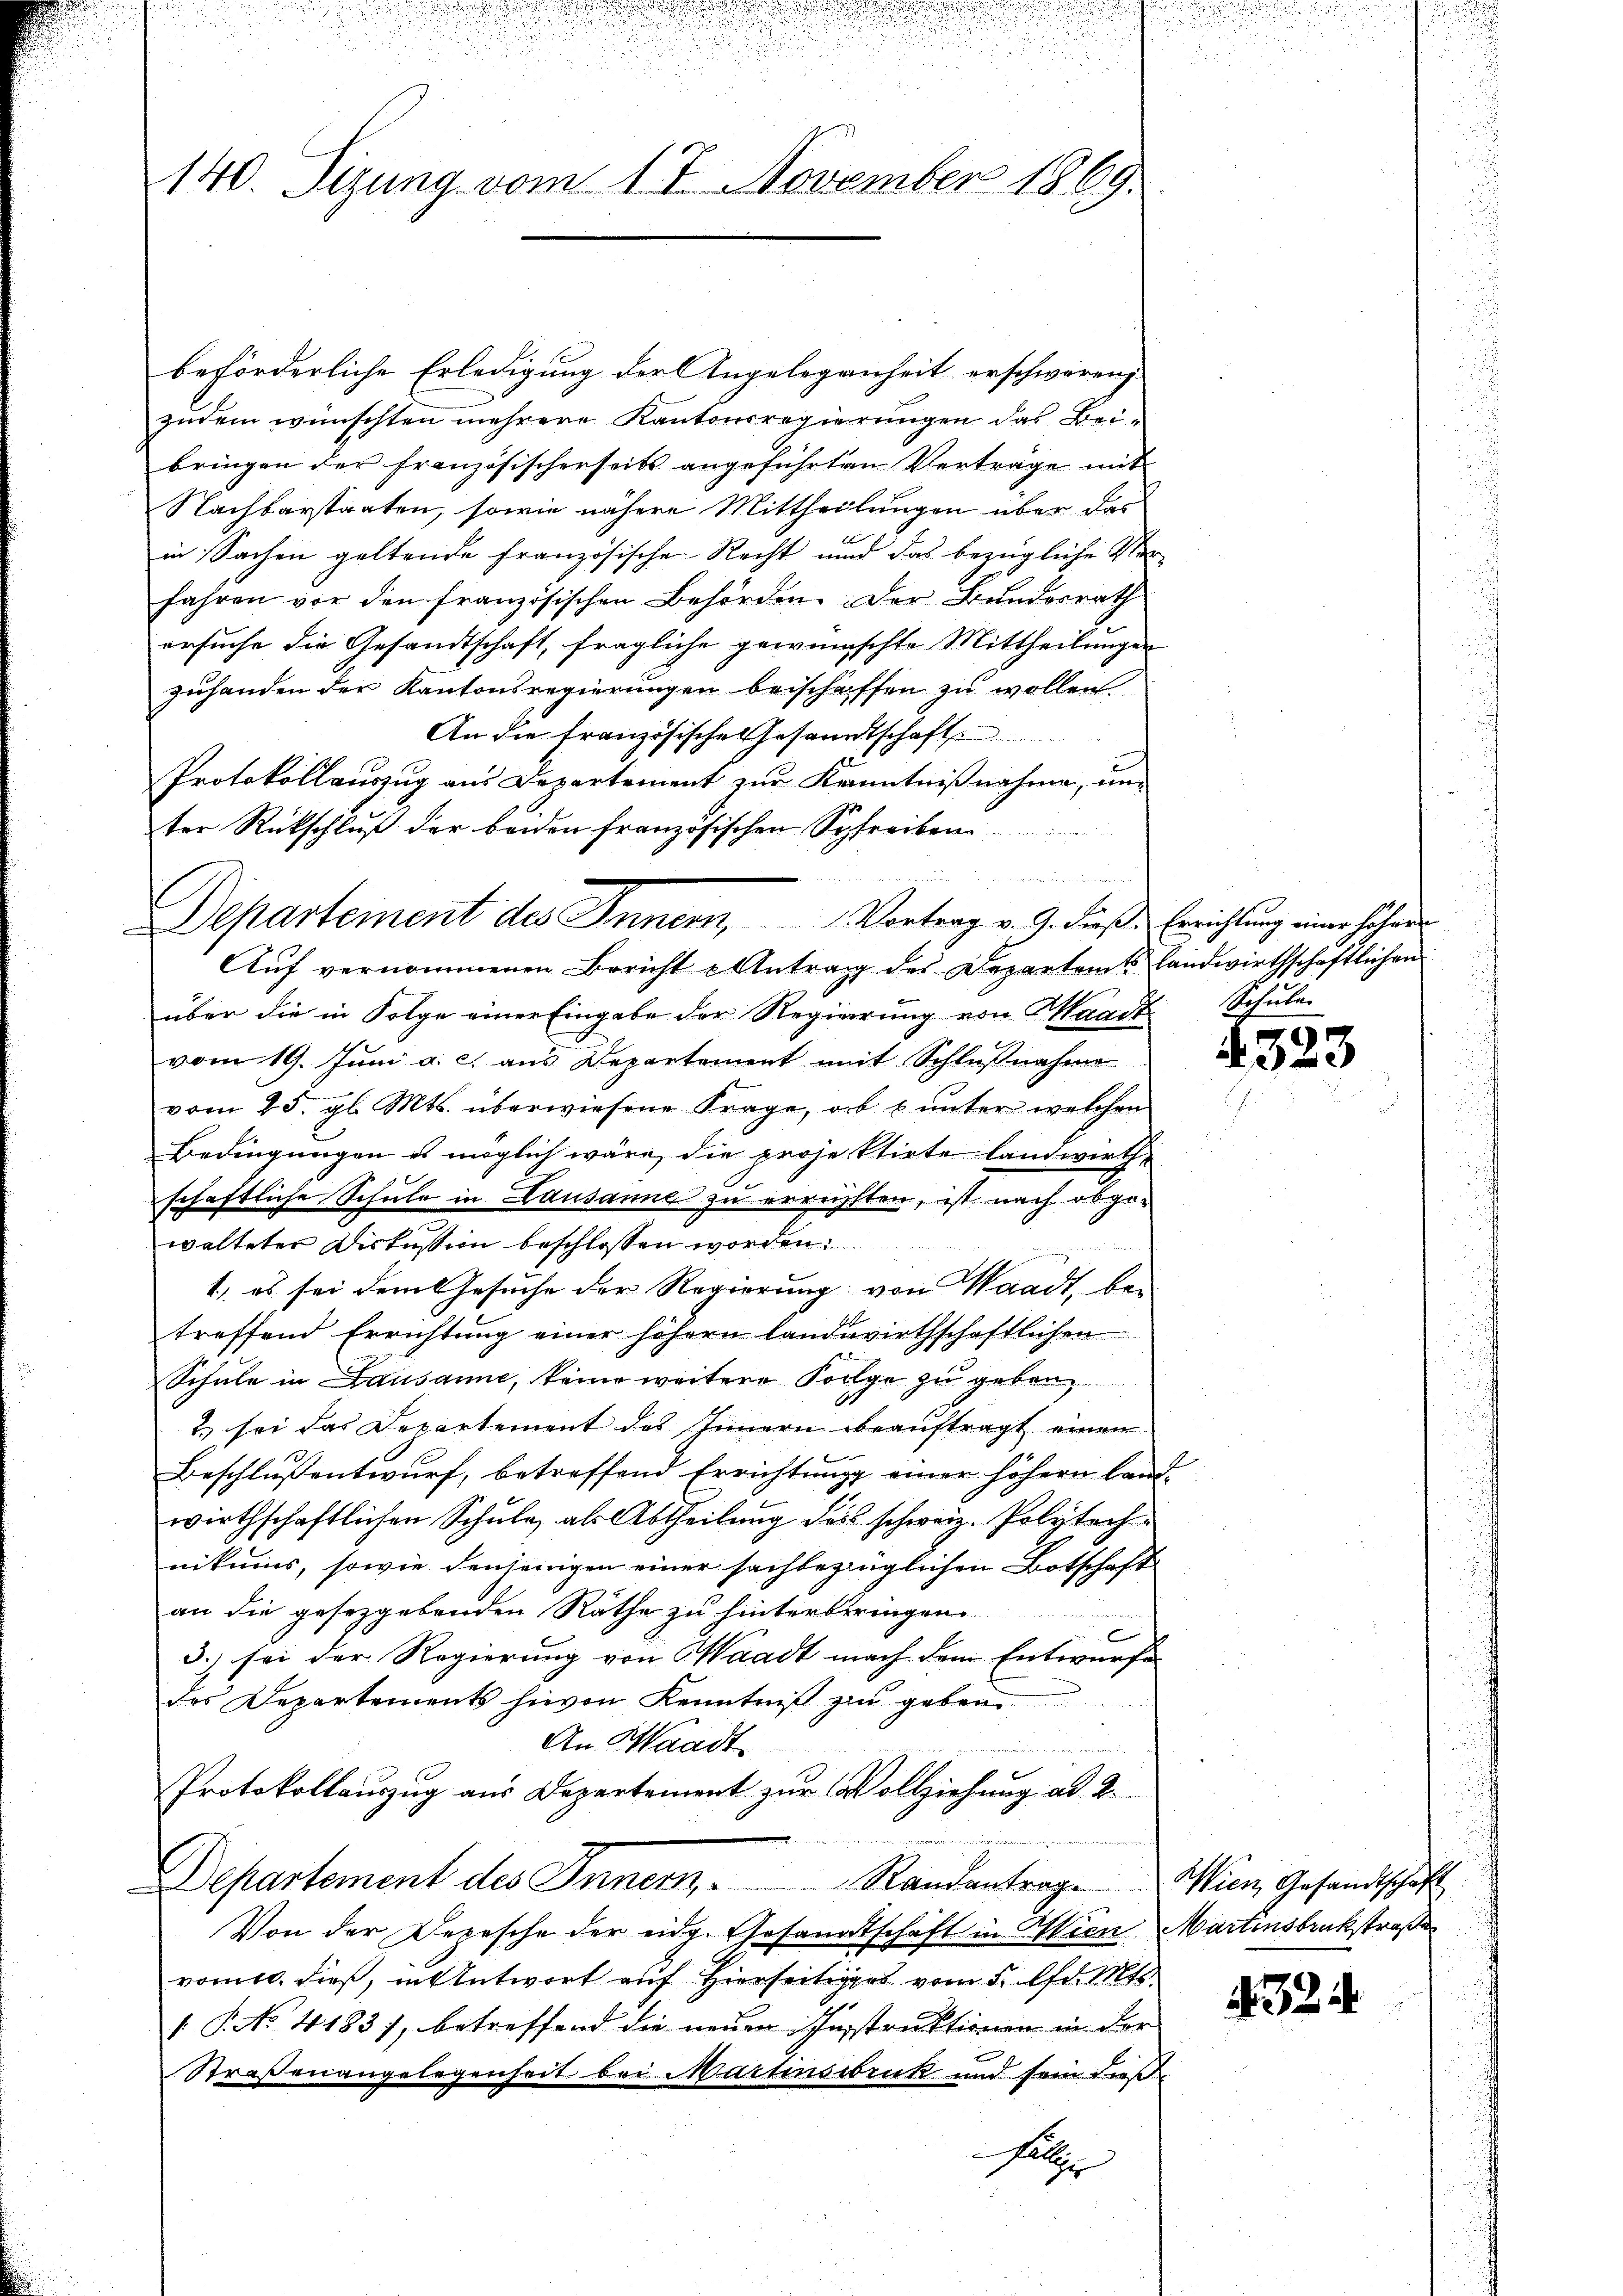
140. Sizung vom 17. November 1869.

beförderliche Erledigung der Angelegenheit erschweren
zudem wünschten mehrere Kantonsregierungen das Beibringen der französischerseits angeführten Verträge mit
Nachbarstaaten, sowie nähere Mittheilungen über das
in Sachen geltende Französische Recht und das bezügliche Verfahren vor den französischen Behörden. Der Bundesrath
ersuche die Gesandtschaft, fragliche gewünschte Mittheilungen
zuhanden der Kantonsregierungen beschaffen zu wollen.
An die französische Gesandtschaft
Protokollauszug aus Departement zur Kenntnißnahme, unter Rückschlŭβ der beiden französischen Schreiben
Aŭf vernommenen Bericht Antrag des Departents landwirthschaftlichen
über die in Folge einer Eingabe der Regierung von Waadt Schule
vom 19. Juni a. c. aus Departement mit Schlußnahme
vom 25. gl. Mts. überwiesene Frage, ob u ŭnter welchen
Bedingungen es möglich wäre, die projektirte landwirth-
schaftliche Schule in Lausanne zu errichsten, ist nach abgewalteter Diskussion beschlossen worden.
1., es sei dem Gesuche der Regierung von Waadt, betreffend Errichtŭng einer höhern landwirthschaftlichen
Schule in Lausanne, keine weitere Folge zu geben,
2. sei das Departement des Innern beauftragt einen
Beschlussentwurf, betreffend Errichtung einer höhern Landwirthschaftlichen Schule, als Abtheilung des schweiz. Polytech
nikums, sowie denjenigen einer sachbezüglichen Botschaft
an die gesetzgebenden Räthe zu hinterbringen.
3.) sei der Regierung von Waadt nach dem Entwurfe
das Departements hievon Kenntniß zu geben
An Waadt.
e
Protokollaŭszŭg aŭs Departement zŭr Vollziehŭng ad 2.
Departement des Innem Randantrage
Von der Depesche der eidg. Gesandtschaft in Wien Martensbruckstraße
vomtl. dieß, in Antwort auf Hierseits vom 5. d. Mts.
1 P. No. 4183), betreffend die neuen Schnstruktionen in der
Straßenangelegenheit bei Martinsbruk und sein dieß¬

Departement des Innen Vortrag v. J. dieße Errichtung einer hohen

Fal

4323

Wien Gesandtschaft